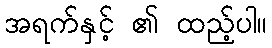
အရက်နှင့် ၏ ထည့်ပါ။